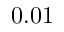
0 . 0 1